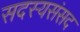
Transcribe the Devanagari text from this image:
सदस्यसंसद